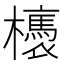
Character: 𣟊